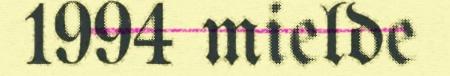
1994 mielde